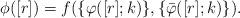
LaTeX: \begin{align*}\phi([r])=f(\{\varphi ([r];k)\}, \{\bar \varphi ([r];k)\}).\end{align*}